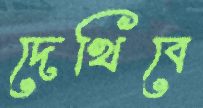
দেখিবে